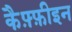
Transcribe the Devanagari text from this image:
कैफ़्फ़ीइन